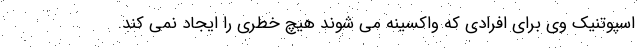
اسپوتنیک وی برای افرادی که واکسینه می شوند هیچ خطری را ایجاد نمی کند.